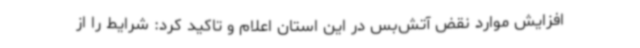
افزایش موارد نقض آتش‌بس در این استان اعلام و تاکید کرد: شرایط را از